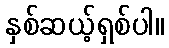
နှစ်ဆယ့်ရှစ်ပါ။